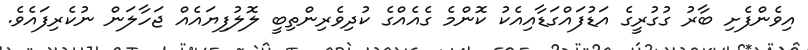
އިވެންފެށި ބާރު ގުގުރީގެ އަޑުފައްގަޑާއިއެކު ކޮންމެ ގެއެއްގެ ކުދިވެރިންތިބީ ލޮލުފިޔައެއް ޖަހާލަން ނުކެރިފައެވެ.